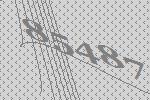
85487